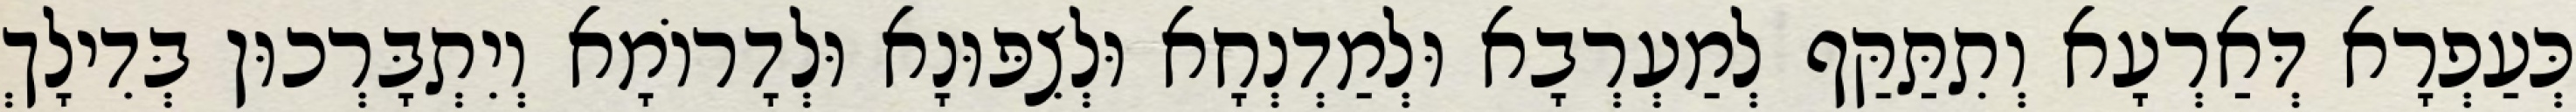
כְּעַפְרָא דְּאַרְעָא וְתִתַּקַּף לְמַעְרְבָא וּלְמַדְנְחָא וּלְצִפּוּנָא וּלְדָרוֹמָא וְיִתְבָּרְכוּן בְּדִילָךְ